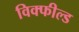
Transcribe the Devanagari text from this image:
विक्फील्ड